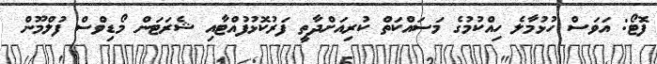
ފޮޓޯ: އަވަސް ހުޅުމާލެ ހިއްކުމުގެ މަސައްކަތް ކުރިއަށްދާތީ ފަރުކޮޅުފުއްޓާއި ޝެރަޓަން މޯޑިވްސް ފުލްމޫން